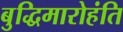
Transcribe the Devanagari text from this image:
बुद्धिमारोहंति